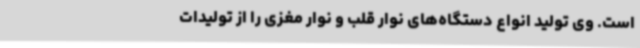
است. وی تولید انواع دستگاه‌های نوار قلب و نوار مغزی را از تولیدات